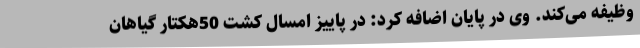
وظیفه می‌کند. وی در پایان اضافه کرد: در پاییز امسال کشت 50هکتار گیاهان